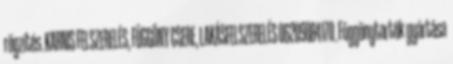
rögzítés. KARNIS FELSZERELÉS, FÜGGÖNY CSERE, LAKÁSFELSZERELÉS 06209884170. Függönytartók gyártása